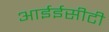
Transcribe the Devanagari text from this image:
आईईसीटी